Report on vaccination in Madras 1904-1921 - 1904-1921
Year: 1904
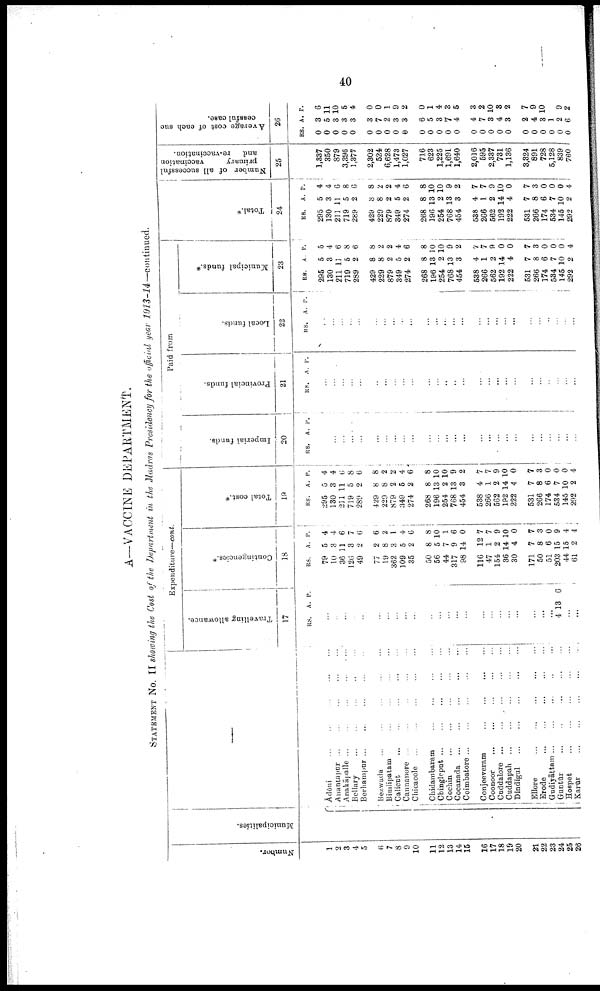
40
A—VACCINE DEPARTMENT.
STATEMENT No. II showing the Cost of the Department in the Madras Presidency for the official year 1913-14— continued.
Number.
1
2
3
4
5
6
7
8
9
10
11
12
13
14
15
16
17
18
19
20
21
22
23
24
25
26
Municipalities.
—
Ādōni ... ... ... ... ...
Anantapur
...
...
...
...
...
Anakāpalle ...
...
...
...
...
Bellary ... ... ... ... ...
Berhampur ... ... ... ... ...
Bezwada ... ... ... ... ...
Bimlipatam ... ... ... ... ...
Calicut
...
...
...
...
...
Cannanore ... ... ... ... ...
Chicacole
...
...
...
...
...
Chidambaram
...
...
...
...
...
Chingleput
...
...
...
...
...
Cochin
...
...
...
...
...
Cocanada ... ... ... ... ...
Coimbatore
...
...
...
...
...
Conjeeveram
...
...
...
...
...
Coonoor ... ... ... ... ...
Cuddalore
...
...
...
...
...
Cuddapah
...
...
...
...
...
Dindigul
...
...
...
...
...
Ellore
...
...
...
...
...
Erode
...
...
...
...
...
Gudiyāttam ... ... ... ... ...
Guntūr
...
...
...
...
...
Hospet
...
...
...
...
...
Karūr
...
...
...
...
...
Expenditure—cont.
Travelling allowance.
17
RS. A. P.
...
...
...
...
...
...
...
...
...
...
...
...
...
...
...
...
...
...
...
...
...
...
...
4 13 6
...
...
Contingencies.*
18
RS.
79
10
36
126
49
77
19
362
109
35
50
56
44
317
98
116
47
154
36
30
171
50
51
203
44
61
A.
5
3
11
3
2
2
8
3
5
2
8
5
7
9
14
12
1
2
14
4
7
8
6
15
15
2
P.
4
4
6
7
6
6
2
1
4
6
8
10
1
6
0
7
7
9
10
0
7
3
0
9
4
4
Total cost.*
19
RS.
295
130
211
719
289
429
229
879
349
274
268
196
254
768
454
538
266
562
192
222
531
266
174
534
145
292
A.
5
3
11
5
2
8
8
2
5
2
8
13
2
13
3
4
1
2
14
4
7
8
6
7
10
2
P.
4
4
6
8
6
8
2
2
4
6
8
10
10
9
2
7
7
9
10
0
7
3
0
0
0
4
Paid from
Imperial funds.
20
RS. A. P.
...
...
...
...
...
...
...
...
...
...
...
...
...
...
...
...
...
...
...
...
...
...
...
...
...
...
Provincial funds.
21
RS. A. P.
...
...
...
...
...
...
...
...
...
...
...
...
...
...
...
...
...
...
...
...
...
...
...
...
...
...
Local funds.
22
RS. A. P.
...
...
...
...
...
...
...
...
...
...
...
...
...
...
...
...
...
...
...
...
...
...
...
...
...
...
Municipal funds.*
23
RS.
295
130
211
719
289
429
229
879
349
274
268
196
254
768
454
538
266
562
192
222
531
266
174
534
145
292
A.
5
3
11
5
2
8
8
2
5
2
8
13
2
13
3
4
1
2
14
4
7
8
6
7
10
2
P.
5
4
6
8
6
8
2
2
4
6
8
10
10
9
2
7
7
9
0
0
7
3
0
0
0
4
Total.*
24
RS.
295
130
211
719
289
429
229
879
349
274
268
196
254
768
454
538
266
562
192
222
531
266
174
534
145
292
A.
5
3
11
5
2
8
8
2
5
2
8
13
2
13
3
4
1
2
14
4
7
8
6
7
10
2
P.
4
4
6
8
6
8
2
2
4
6
8
10
10
9
2
7
7
9
10
0
7
3
0
0
0
4
Number of all successful
primary
vaccination
and
re-vaccination.
25
1,337
350
879
3,396
1,377
2,302
524
6,628
1,473
1,027
716
623
1,225
1,691
1,640
2,016
595
2,337
731
1,136
8,324
891
728
5,128
839
760
Average cost of each suc
cessful case.
26
RS.
0
0
0
0
0
0
0
0
0
0
0
0
0
0
0
0
0
0
0
0
0
0
0
0
0
0
A.
3
5
3
3
3
3
7
2
3
3
6
5
3
7
4
4
7
3
4
3
2
4
3
1
2
6
P.
6
11
10
5
4
0
0
1
9
2
0
1
4
3
5
3
2
10
8
2
7
9
10
...
9
2